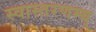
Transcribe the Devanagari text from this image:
स्वास्तरणम्य्